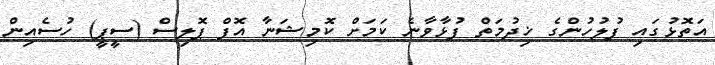
އަތޮޅުގައި ފުލުހުންގެ ޚިދުމަތް ފުޅާވާނެ ކަމަށް ކޮމިޝަނާ އޮފް ޕޮލިސް (ސީޕީ) ހުސެއިން